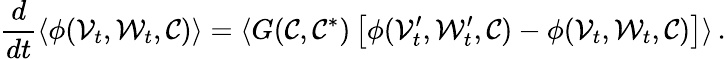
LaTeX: \frac{d}{dt}\langle\phi(\mathcal{V}_{t},\mathcal{W}_{t},\mathcal{C})\rangle=\langle G(\mathcal{C},\mathcal{C}^{*})\left[\phi(\mathcal{V}_{t}^{\prime},\mathcal{W}_{t}^{\prime},\mathcal{C})-\phi(\mathcal{V}_{t},\mathcal{W}_{t},\mathcal{C})\right]\rangle\, .